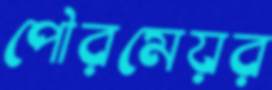
পৌরমেয়র